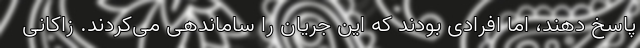
پاسخ دهند، اما افرادی بودند که این جریان را ساماندهی می‌کردند. زاکانی